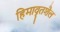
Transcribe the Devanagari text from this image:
हिमावृतशैल